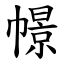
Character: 幜